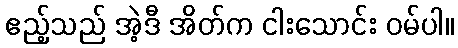
ဧည့်သည် အဲ့ဒီ အိတ်က ငါးသောင်း ဝမ်ပါ။